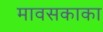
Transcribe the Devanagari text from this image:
मावसकाका